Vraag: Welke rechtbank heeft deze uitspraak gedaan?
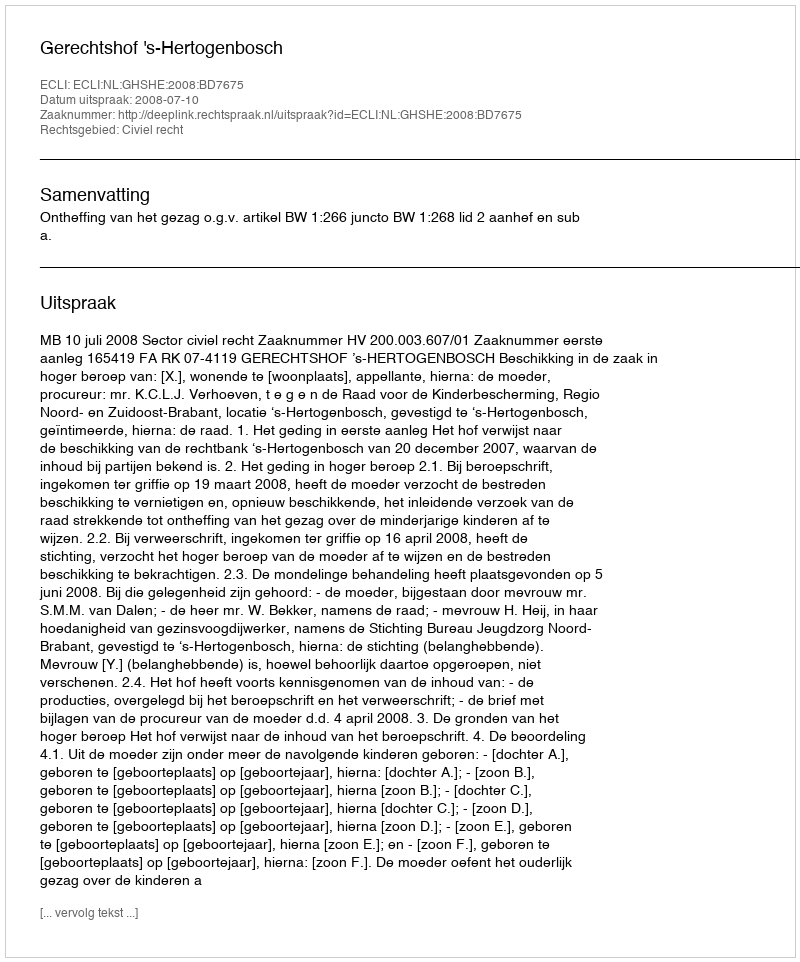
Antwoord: Gerechtshof 's-Hertogenbosch